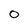
Character: o